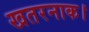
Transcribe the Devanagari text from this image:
खतरनाक।